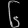
Digit: ၆